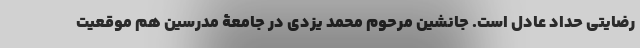
رضایتی حداد عادل است. جانشین مرحوم محمد یزدی در جامعۀ مدرسین هم موقعیت